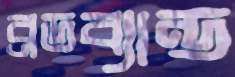
ব্রডব্যান্ড